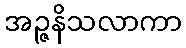
အဉ္ဇနိသလာကာ